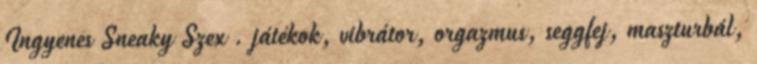
Ingyenes Sneaky Szex . játékok, vibrátor, orgazmus, seggfej, maszturbál,